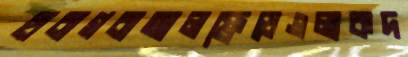
হাবাগবাআলফ্রেডেএলাকদ